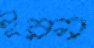
ইরন